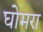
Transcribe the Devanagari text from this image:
घोमरा